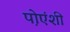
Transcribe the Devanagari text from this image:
प़ोएंशी